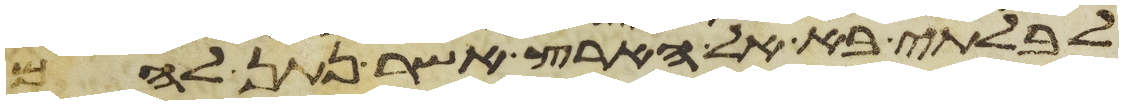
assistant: לבלתי בא אל הארץ אשר נתן להם